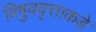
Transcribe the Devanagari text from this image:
विषुववृत्ताकडे